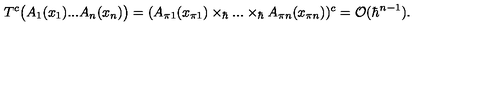
T ^ { c } \bigl ( A _ { 1 } ( x _ { 1 } ) . . . A _ { n } ( x _ { n } ) \bigr ) = ( A _ { \pi 1 } ( x _ { \pi 1 } ) \times _ { \hbar } . . . \times _ { \hbar } A _ { \pi n } ( x _ { \pi n } ) ) ^ { c } = { \cal O } ( \hbar ^ { n - 1 } ) .